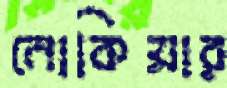
নোকিয়ার